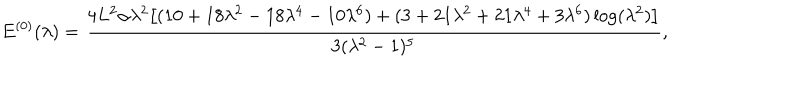
LaTeX: E ^ { ( 0 ) } ( \lambda ) = \frac { 4 L ^ { 2 } \alpha \lambda ^ { 2 } \bigl [ ( 1 0 + 1 8 \lambda ^ { 2 } - 1 8 \lambda ^ { 4 } - 1 0 \lambda ^ { 6 } ) + ( 3 + 2 1 \lambda ^ { 2 } + 2 1 \lambda ^ { 4 } + 3 \lambda ^ { 6 } ) \log ( \lambda ^ { 2 } ) \bigr ] } { 3 ( \lambda ^ { 2 } - 1 ) ^ { 5 } } ,